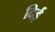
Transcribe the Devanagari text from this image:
दिई